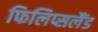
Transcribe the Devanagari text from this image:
फिलिप्सलैंड